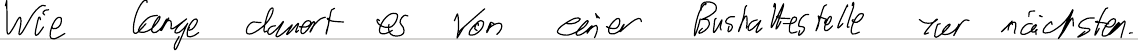
Wie lange dauert es von einer Bushaltestelle zur nächsten.